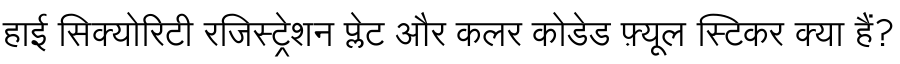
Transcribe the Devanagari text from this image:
हाई सिक्योरिटी रजिस्ट्रेशन प्लेट और कलर कोडेड फ़्यूल स्टिकर क्या हैं?